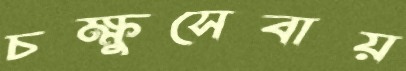
চক্ষুসেবায়